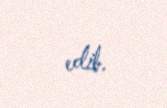
edib.